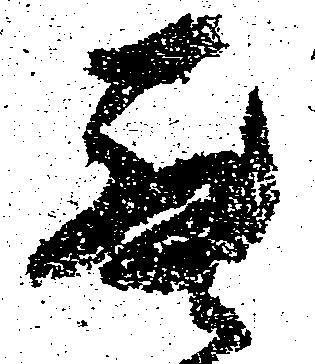
罷